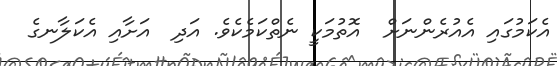
އެކަމުގައި އެއުރެންނަށް  އޮތުމަކީ ނެތްކަމެކެވެ. އަދި  އަށާއި އެކަލާނގެ